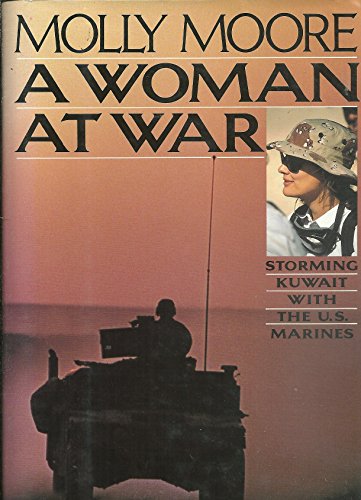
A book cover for A Woman at War; Molly Moore; History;